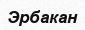
Эрбакан